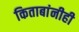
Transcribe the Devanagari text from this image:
किताबांनीही